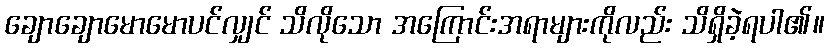
ချောချောမောမောပင်လျှင် သိလိုသော အကြောင်းအရာများကိုလည်း သိရှိခဲ့ရပါ၏။